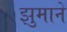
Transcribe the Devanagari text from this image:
झुमाने